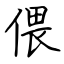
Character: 偎